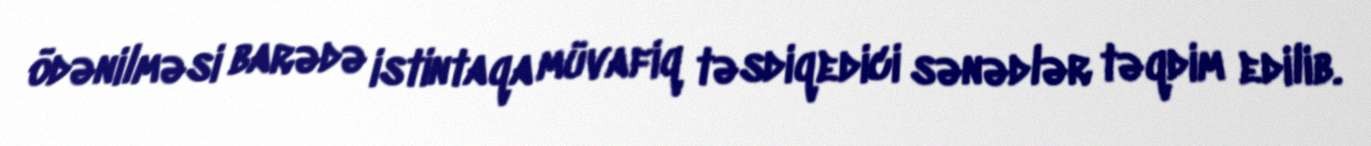
ödənilməsi barədə istintaqa müvafiq təsdiqedici sənədlər təqdim edilib.